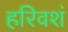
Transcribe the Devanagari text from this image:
हरिवशं